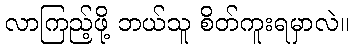
လာကြည့်ဖို့ ဘယ်သူ စိတ်ကူးရမှာလဲ။